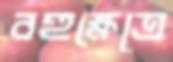
বহুক্ষেত্রে